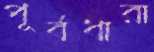
পূর্বধারা